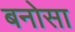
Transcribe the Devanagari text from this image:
बनोसा